Report on vaccination in the Province of Bengal - 1874-1889
Year: 1874
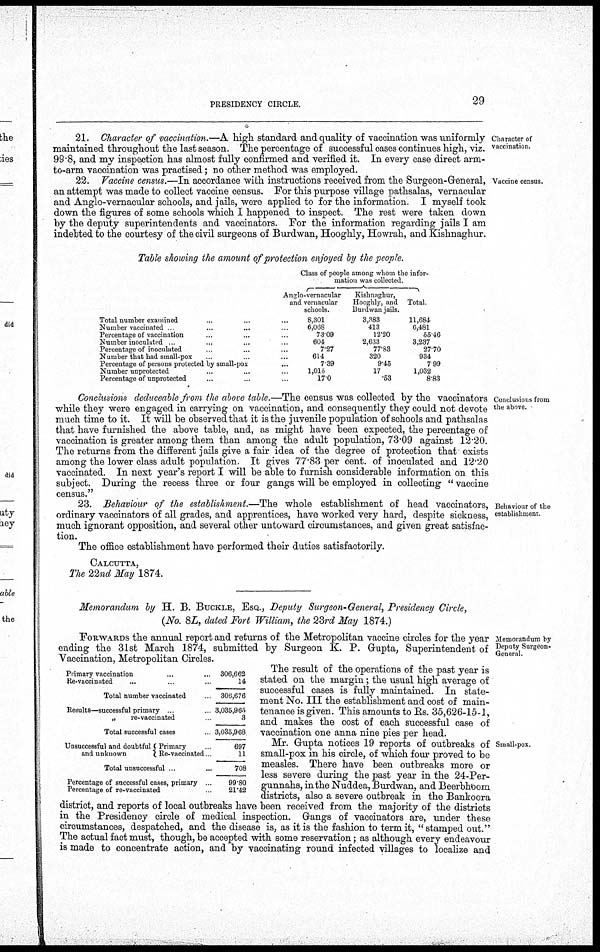
PRESIDENCY CIRCLE.
29
Character of
vaccination.
21. Character of vaccination.—A high standard and quality of vaccination was uniformly
maintained throughout the last season. The percentage of successful cases continues high, viz.
99.8, and my inspection has almost fully confirmed and verified it. In every case direct arm-
to-arm vaccination was practised; no other method was employed.
Vaccine census.
22. Vaccine census.—In accordance with instructions received from the Surgeon-General,
an attempt was made to collect vaccine census. For this purpose village pathsalas, vernacular
and Anglo-vernacular schools, and jails, were applied to for the information. I myself took
down the figures of some schools which I happened to inspect. The rest were taken down
by the deputy superintendents and vaccinators. For the information regarding jails I am
indebted to the courtesy of the civil surgeons of Burdwan, Hooghly, Howrah, and Kishnaghur.
Table showing the amount of protection enjoyed by the people.
Total number examined ... ... ... ...
Number vaccinated ... ... ... ...
Percentage of vaccination ... ... ... ...
Number inoculated ... ... ... ...
Percentage of inoculated ... ... ... ...
Number that had small-pox ... ... ... ...
Percentage of persons protected by small-pox ...
Number unprotected ... ... ... ...
Percentage of unprotected ... ... ... ...
Class of people among whom the infor-
mation was collected
Anglo-vernacular
and vernacular
schools.
8,301
6,068
73.09
604
7.27
614
7.33
1,015
17.0
Kishnaghur,
Hooghly, and
burdwan jails.
3,383
413
12.20
2,633
77.83
320
9.45
17
.53
Total.
11,684
6,481
55.46
3,237
27.70
934
7.99
1,032
8.83
Conclusions from
the above.
Conclusions deduceable from the above table.—The census was collected by the vaccinators
while they were engaged in carrying on vaccination, and consequently they could not devote
much time to it. It will be observed that it is the juvenile population of schools and pathsalas
that have furnished the above table, and, as might have been expected, the percentage of
vaccination is greater among them than among the adult population, 73.09 against 12.20.
The returns from the different jails give a fair idea of the degree of protection that exists
among the lower class adult population. It gives 77.83 per cent. of inoculated and 12.20
vaccinated. In next year's report I will be able to furnish considerable information on this
subject. During the recess three or four gangs will be employed in collecting "vaccine
census."
Behaviour of the
establishment.
23. Behaviour of the establishment.—The whole establishment of head vaccinators,
ordinary vaccinators of all grades, and apprentices, have worked very hard, despite sickness,
much ignorant opposition, and several other untoward circumstances, and given great satisfac-
tion.
The office establishment have performed their duties satisfactorily.
CALCUTTA,
The 22nd May 1874.
Memorandum by H. B. BUCKLE, ESQ., Deputy Surgeon-General, Presidency Circle,
(No. 8L, dated Fort William, the 23rd May 1874.)
Memorandum by
Deputy Surgeon¬
General.
FORWARDS the annual report and returns of the Metropolitan vaccine circles for the year
ending the 31st March 1874, submitted by Surgeon K. P. Gupta, Superintendent of
Vaccination, Metropolitan Circles.
Small-pox.
The result of the operations of the past year is
stated on the margin; the usual high average of
successful cases is fully maintained. In state-
ment No. III the establishment and cost of main-
tenance is given. This amounts to Rs. 35,626-15-1,
and makes the cost of each successful case of
vaccination one anna nine pies per head.
Mr. Gupta notices 19 reports of outbreaks of
small-pox in his circle, of which four proved to be
measles. There have been outbreaks more or
less severe during the past year in the 24-Per-
gunnahs, in the Nuddea, Burdwan, and Beerbhoom
districts, also a severe outbreak in the Bankoora
district, and reports of local outbreaks have been received from the majority of the districts
in the Presidency circle of medical inspection. Gangs of vaccinators are, under these
circumstances, despatched, and the disease is, as it is the fashion to term it, "stamped out."
The actual fact must, though, be accepted with some reservation; as although every endeavour
is made to concentrate action, and by vaccinating round infected villages to localize and
Primary vaccination ... ... ...
Re-vaccinated ... ... ...
Total number vaccinated
Results—successful primary
„
re-vaccinated ...
Total successful cases
Unsuccessful and doubtful
and unknown
Primary
Re-vaccinated
Total unsuccessful ... ...
Percentage of successful cases, primary ... ...
Percentage of re-vaccinated ... ...
306,662
14
306,676
3,035,965
3
3,035,968
697
11
708
99.80
21.42